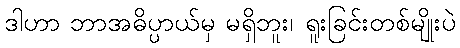
ဒါဟာ ဘာအဓိပ္ပာယ်မှ မရှိဘူး၊ ရူးခြင်းတစ်မျိုးပဲ